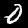
Digit: 0